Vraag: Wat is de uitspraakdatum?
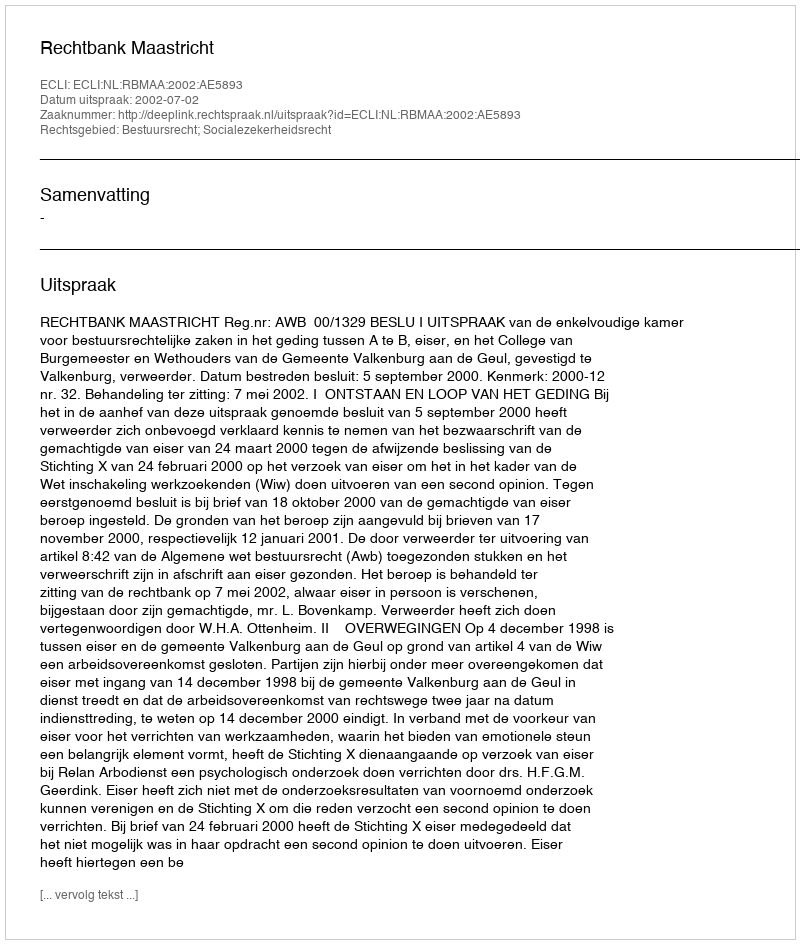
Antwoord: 2002-07-02